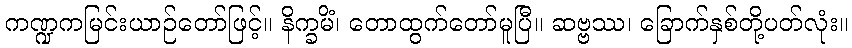
ကဏ္ဍကမြင်းယာဉ်တော်ဖြင့်။ နိက္ခမိံ၊ တောထွက်တော်မူပြီ။ ဆဗ္ဗဿ၊ ခြောက်နှစ်တို့ပတ်လုံး။